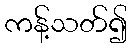
ကန့်သတ်၍